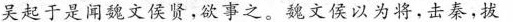
吴起于是闻魏文侯贤，欲事之。魏文候以为将，击秦，拔